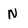
Character: N